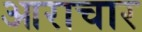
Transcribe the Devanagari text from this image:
आराचार